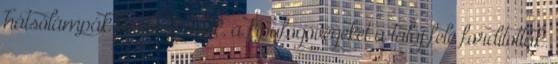
hátsólámpák kisebbek lettek, a kipufogóvégeket a talaj felé fordították.